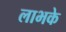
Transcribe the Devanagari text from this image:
लाभके